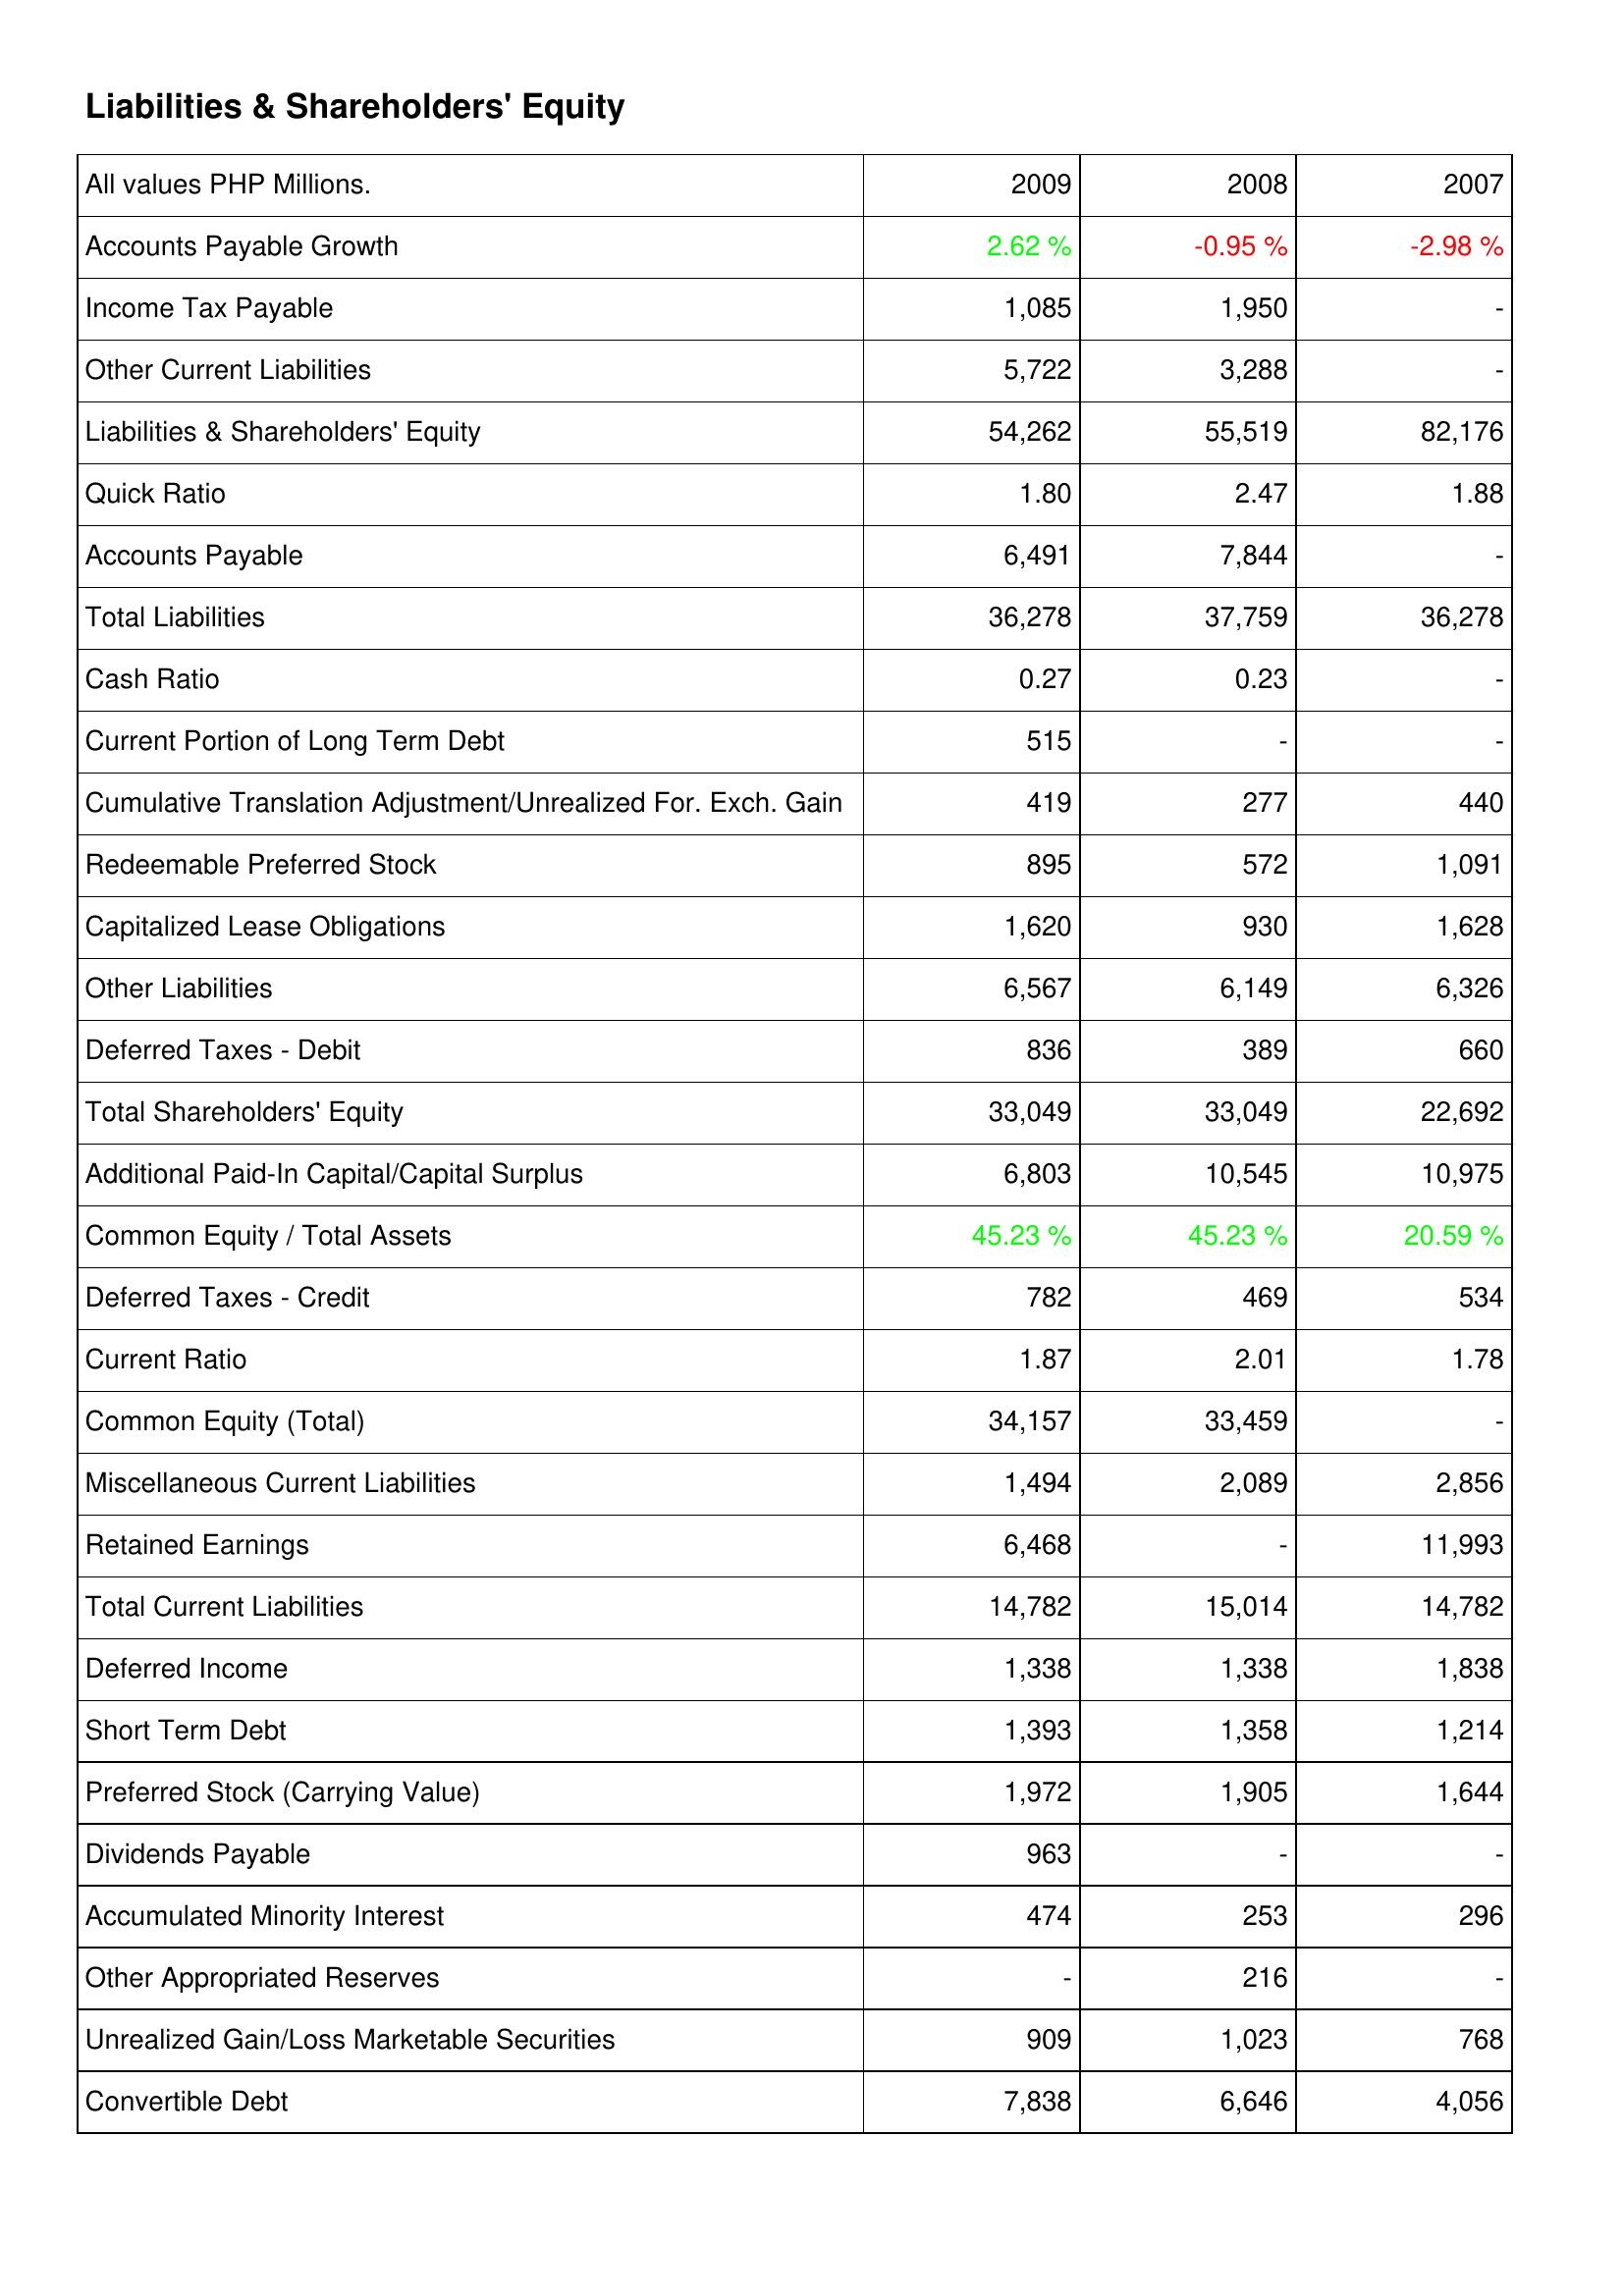
2009: Liabilities & Shareholders' Equity: Accounts Payable Growth: 2.62 %
Income Tax Payable: 1,085
Other Current Liabilities: 5,722
Liabilities & Shareholders' Equity: 54,262
Quick Ratio: 1.80
Accounts Payable: 6,491
Total Liabilities: 36,278
Cash Ratio: 0.27
Current Portion of Long Term Debt: 515
Cumulative Translation Adjustment/Unrealized For. Exch. Gain: 419
Redeemable Preferred Stock: 895
Capitalized Lease Obligations: 1,620
Other Liabilities: 6,567
Deferred Taxes - Debit: 836
Total Shareholders' Equity: 33,049
Additional Paid-In Capital/Capital Surplus: 6,803
Common Equity / Total Assets: 45.23 %
Deferred Taxes - Credit: 782
Current Ratio: 1.87
Common Equity (Total): 34,157
Miscellaneous Current Liabilities: 1,494
Retained Earnings: 6,468
Total Current Liabilities: 14,782
Deferred Income: 1,338
Short Term Debt: 1,393
Preferred Stock (Carrying Value): 1,972
Dividends Payable: 963
Accumulated Minority Interest: 474
Other Appropriated Reserves: -
Unrealized Gain/Loss Marketable Securities: 909
Convertible Debt: 7,838
2008: Liabilities & Shareholders' Equity: Accounts Payable Growth: -0.95 %
Income Tax Payable: 1,950
Other Current Liabilities: 3,288
Liabilities & Shareholders' Equity: 55,519
Quick Ratio: 2.47
Accounts Payable: 7,844
Total Liabilities: 37,759
Cash Ratio: 0.23
Current Portion of Long Term Debt: -
Cumulative Translation Adjustment/Unrealized For. Exch. Gain: 277
Redeemable Preferred Stock: 572
Capitalized Lease Obligations: 930
Other Liabilities: 6,149
Deferred Taxes - Debit: 389
Total Shareholders' Equity: 33,049
Additional Paid-In Capital/Capital Surplus: 10,545
Common Equity / Total Assets: 45.23 %
Deferred Taxes - Credit: 469
Current Ratio: 2.01
Common Equity (Total): 33,459
Miscellaneous Current Liabilities: 2,089
Retained Earnings: -
Total Current Liabilities: 15,014
Deferred Income: 1,338
Short Term Debt: 1,358
Preferred Stock (Carrying Value): 1,905
Dividends Payable: -
Accumulated Minority Interest: 253
Other Appropriated Reserves: 216
Unrealized Gain/Loss Marketable Securities: 1,023
Convertible Debt: 6,646
2007: Liabilities & Shareholders' Equity: Accounts Payable Growth: -2.98 %
Income Tax Payable: -
Other Current Liabilities: -
Liabilities & Shareholders' Equity: 82,176
Quick Ratio: 1.88
Accounts Payable: -
Total Liabilities: 36,278
Cash Ratio: -
Current Portion of Long Term Debt: -
Cumulative Translation Adjustment/Unrealized For. Exch. Gain: 440
Redeemable Preferred Stock: 1,091
Capitalized Lease Obligations: 1,628
Other Liabilities: 6,326
Deferred Taxes - Debit: 660
Total Shareholders' Equity: 22,692
Additional Paid-In Capital/Capital Surplus: 10,975
Common Equity / Total Assets: 20.59 %
Deferred Taxes - Credit: 534
Current Ratio: 1.78
Common Equity (Total): -
Miscellaneous Current Liabilities: 2,856
Retained Earnings: 11,993
Total Current Liabilities: 14,782
Deferred Income: 1,838
Short Term Debt: 1,214
Preferred Stock (Carrying Value): 1,644
Dividends Payable: -
Accumulated Minority Interest: 296
Other Appropriated Reserves: -
Unrealized Gain/Loss Marketable Securities: 768
Convertible Debt: 4,056